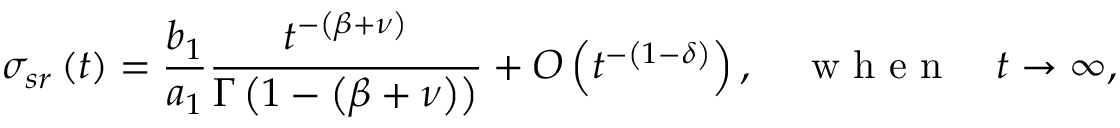
\sigma _ { s r } \left( t \right) = \frac { b _ { 1 } } { a _ { 1 } } \frac { t ^ { - \left( \beta + \nu \right) } } { \Gamma \left( 1 - \left( \beta + \nu \right) \right) } + O \left( t ^ { - \left( 1 - \delta \right) } \right) , \quad \mathrm { ~ w ~ h ~ e ~ n ~ } \quad t \rightarrow \infty ,